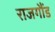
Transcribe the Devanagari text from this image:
राजगौंड